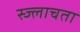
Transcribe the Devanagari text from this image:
स्ज्लाचता